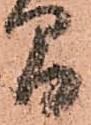
間